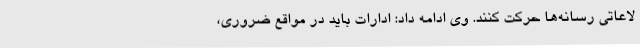
لاعاتی رسانه‌ها حرکت کنند. وی ادامه داد: ادارات باید در مواقع ضروری،